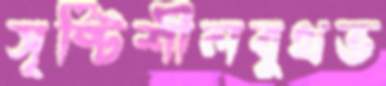
সৃষ্টিশীলবুথভ